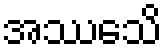
အဿေသိ